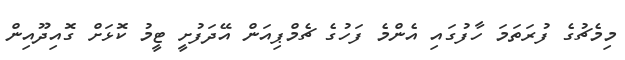
މިމެޗުގެ ފުރަތަމަ ހާފުގައި އެންމެ ފަހުގެ ޗެމްޕިއަން އޭދަފުށީ ޓީމު ކޮޅަށް ގޮއިދޫއިން